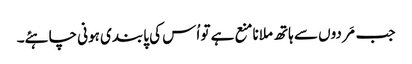
جب مَردوں سے ہاتھ ملانامنع ہے تو اُس کی پابندی ہونی چاہئے۔